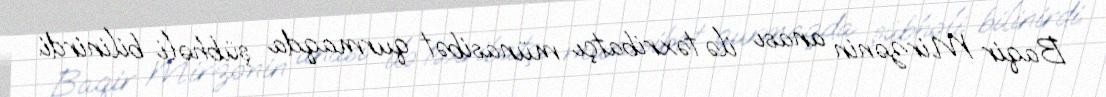
Baqir Mirzənin anası ilə təxribatçı münasibət qurmaqda şübhəli bilinirdi.